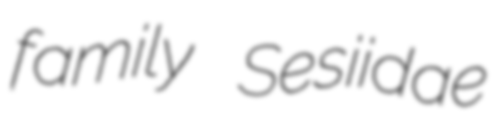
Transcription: family Sesiidae